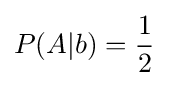
P(A|b)={\frac {1}{2}}